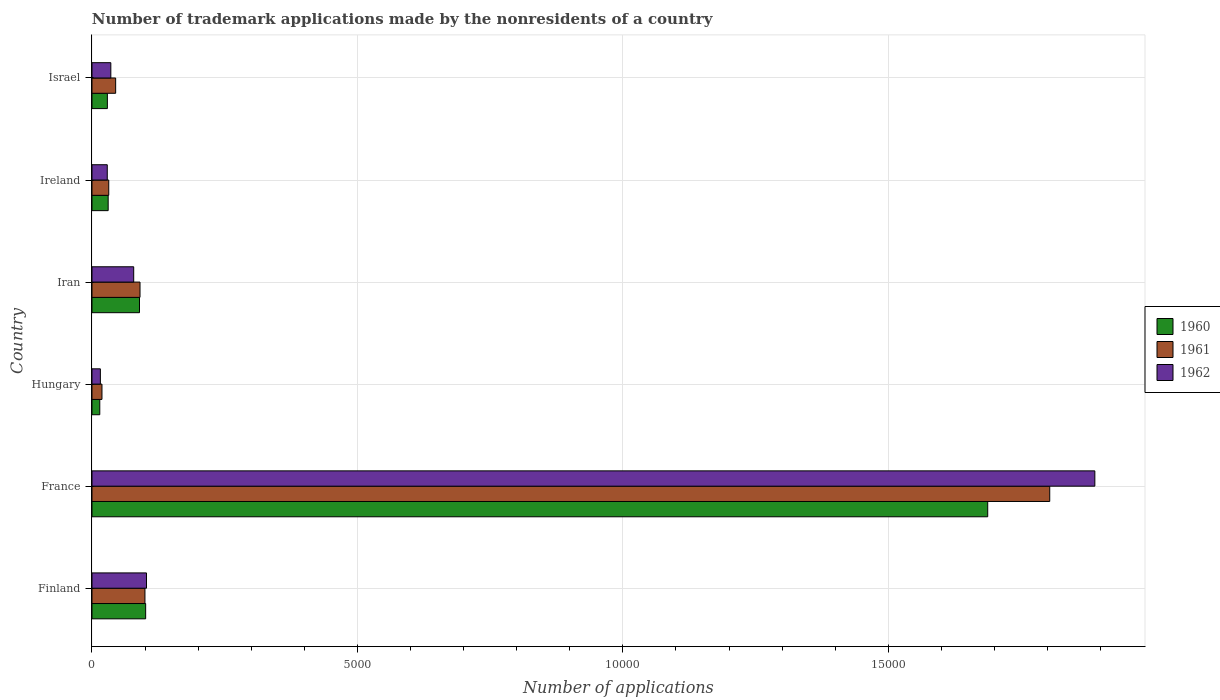
| Country | 1960 | 1961 | 1962 |
 | --- | --- | --- | --- |
 | Finland | 1.01e+03 | 998 | 1.03e+03 |
 | France | 1.69e+04 | 1.8e+04 | 1.89e+04 |
 | Hungary | 147 | 188 | 158 |
 | Iran | 895 | 905 | 786 |
 | Ireland | 305 | 316 | 288 |
 | Israel | 290 | 446 | 355 |